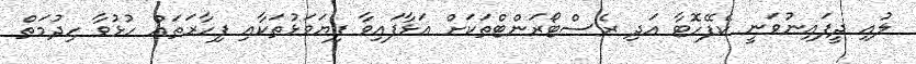
ލުއި ދީފައިނުވަނީ ކެފޭހޮޓާ އަދި ރެސްޓޯރަންޓްތަކަށް އަޅާފައިވާ ފިޔަވަޅުތަކާއި ފިހާރަތައް ހުޅުވާ ހިދުމަތް